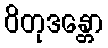
ဝိတုဒန္တော